[Report on the health of British troops in the Madras command]
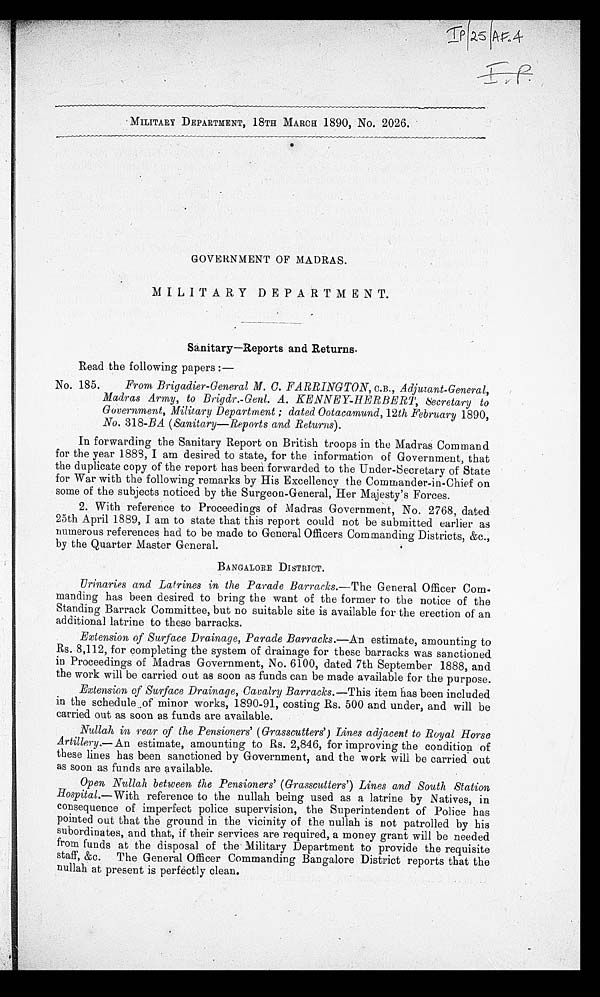
MILITARY DEPARTMENT, 18TH MARCH 1890, No. 2026.
GOVERNMENT OF MADRAS.
MILITARY DEPARTMENT.
Sanitary—Reports and Returns.
Read the following papers:—
No. 185. From Brigadier-General M. C. FARRINGTON, C.B ., Adjutant-General,
Madras Army, t o Bri gdr. -Genl . A. KENNEY-HERBERT, Secret ary t o
Government, Military Department; dated Ootacamund,12th February 1890,
No. 318-BA (Sanitary—Reports and Returns).
In forwarding the Sanitary Report on British troops in the Madras Command
for the year 1888, I am desired to state, for the information of Government, that
the duplicate copy of the report has been forwarded to the Under-Secretary of State
for War with the following remarks by His Excellency the Commander-in-Chief on
some of the subjects noticed by the Surgeon-General, Her Majesty's Forces.
2. With reference to Proceedings of Madras Government, No. 2768, dated
25th April 1889, I am to state that this report could not be submitted earlier as
numerous references had to be made to General Officers Commanding Districts, &c.,
by the Quarter Master General.
BANGALORE DISTRICT.
Urinaries and Latrines in the Parade Barracks.— The General Officer Com
-manding has been desired to bring the want of the former to the notice of the
Standing Barrack Committee, but no suitable site is available for the erection of an
additional latrine to these barracks.
Extension of Surface Drainage, Parade Barracks.— An estimate, amounting to
Rs. 8,112, for completing the system of drainage for these barracks was sanctioned
in Proceedings of Madras Government, No. 6100, dated 7th September 1888, and
the work will be carried out as soon as funds can be made available for the purpose.
Extension of Surface Drainage, Cavalry Barracks.— This item has been included
in the schedule of minor works, 1890-91, costing Rs. 500 and under, and will be
carried out as soon as funds are available.
Nullah in rear of the Pensioners' (Grasscutters') Lines adjacent to Royal Horse
Artillery.— An estimate, amounting to Rs. 2,846, for improving the condition of
these lines has been sanctioned by Government, and the work will be carried out
as soon as funds are available.
Open Nullah between the Pensioners' (Grasscutters') Lines and South Station
Hospital.— With reference to the nullah being used as a latrine by Natives, in
consequence of imperfect police supervision, the Superintendent of Police has
pointed out that the ground in the vicinity of the nullah is not patrolled by his
subordinates, and that, if their services are required, a money grant will be needed
from funds at the disposal of the Military Department to provide the requisite
staff, &c. The General Officer Commanding Bangalore District reports that the
nullah at present is perfectly clean.